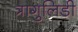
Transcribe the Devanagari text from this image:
त्रागुलिडी